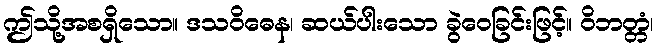
ဤသို့အစရှိသော။ ဒသဝိဓေန၊ ဆယ်ပါးသော ခွဲဝေခြင်းဖြင့်။ ဝိဘတ္တံ၊